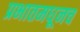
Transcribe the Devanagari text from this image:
प्रभातमधूनच